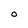
Character: O